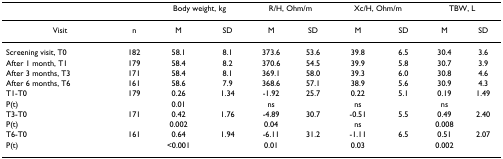
<table><thead><tr><td></td><td></td><td colspan="2"><b>Body weight, kg</b></td><td colspan="2"><b>R/H, Ohm/m</b></td><td colspan="2"><b>Xc/H, Ohm/m</b></td><td colspan="2"><b>TBW, L</b></td></tr></thead><tbody><tr><td>Visit</td><td>n</td><td>M</td><td>SD</td><td>M</td><td>SD</td><td>M</td><td>SD</td><td>M</td><td>SD</td></tr><tr><td>Screening visit, T0</td><td>182</td><td>58.1</td><td>8.1</td><td>373.6</td><td>53.6</td><td>39.8</td><td>6.5</td><td>30.4</td><td>3.6</td></tr><tr><td>After 1 month, T1</td><td>179</td><td>58.4</td><td>8.2</td><td>370.6</td><td>54.5</td><td>39.9</td><td>5.8</td><td>30.7</td><td>3.9</td></tr><tr><td>After 3 months, T3</td><td>171</td><td>58.4</td><td>8.1</td><td>369.1</td><td>58.0</td><td>39.3</td><td>6.0</td><td>30.8</td><td>4.6</td></tr><tr><td>After 6 months, T6</td><td>161</td><td>58.6</td><td>7.9</td><td>368.6</td><td>57.1</td><td>38.9</td><td>5.6</td><td>30.9</td><td>4.3</td></tr><tr><td>T1-T0</td><td>179</td><td>0.26</td><td>1.34</td><td>-1.92</td><td>25.7</td><td>0.22</td><td>5.1</td><td>0.19</td><td>1.49</td></tr><tr><td>P(t)</td><td></td><td>0.01</td><td></td><td>ns</td><td></td><td>ns</td><td></td><td>ns</td><td></td></tr><tr><td>T3-T0</td><td>171</td><td>0.42</td><td>1.76</td><td>-4.89</td><td>30.7</td><td>-0.51</td><td>5.5</td><td>0.49</td><td>2.40</td></tr><tr><td>P(t)</td><td></td><td>0.002</td><td></td><td>0.04</td><td></td><td>ns</td><td></td><td>0.008</td><td></td></tr><tr><td>T6-T0</td><td>161</td><td>0.64</td><td>1.94</td><td>-6.11</td><td>31.2</td><td>-1.11</td><td>6.5</td><td>0.51</td><td>2.07</td></tr><tr><td>P(t)</td><td></td><td>&lt;0.001</td><td></td><td>0.01</td><td></td><td>0.03</td><td></td><td>0.002</td><td></td></tr></tbody></table>